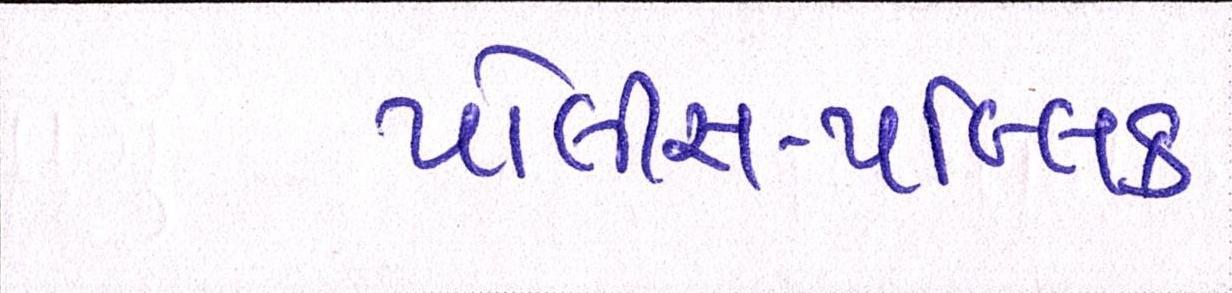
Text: પોલીસ-પબ્લિક